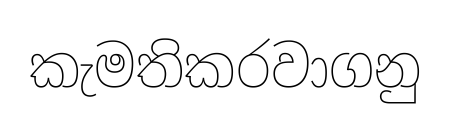
කැමතිකරවාගනු